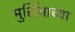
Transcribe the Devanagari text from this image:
मुर्सियाच्या